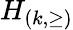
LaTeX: H_{(k,\geq)}